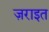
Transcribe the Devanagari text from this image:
ज़राइत